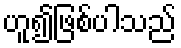
ဟူ၍ဖြစ်ပါသည်